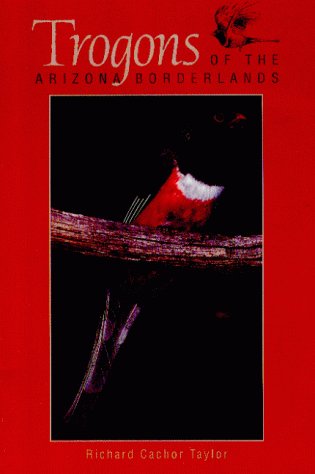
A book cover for Trogons of the Arizona Borderlands; Richard C. Taylor; Travel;